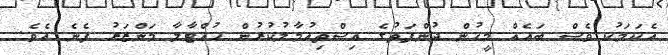
އެކަމަކު ވެސް ބައެއް މީހުން ދުންފަތުގެ އިސްތިއުމާލުކުރުން ހުއްޓާލާ މަންޒަރު ފެނެ އެވެ.